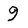
Character: 9